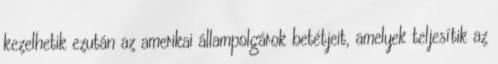
kezelhetik ezután az amerikai állampolgárok betétjeit, amelyek teljesítik az